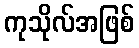
ကုသိုလ်အဖြစ်